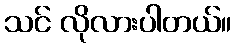
သင် လိုလားပါတယ်။